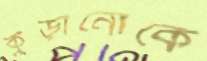
কুড়ানোকে